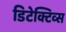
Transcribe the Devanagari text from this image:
डिटेक्टिव्स